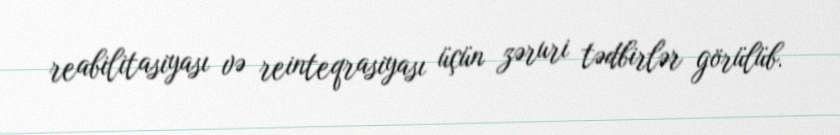
reabilitasiyası və reinteqrasiyası üçün zəruri tədbirlər görülüb.